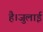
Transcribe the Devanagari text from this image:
है।जुलाई